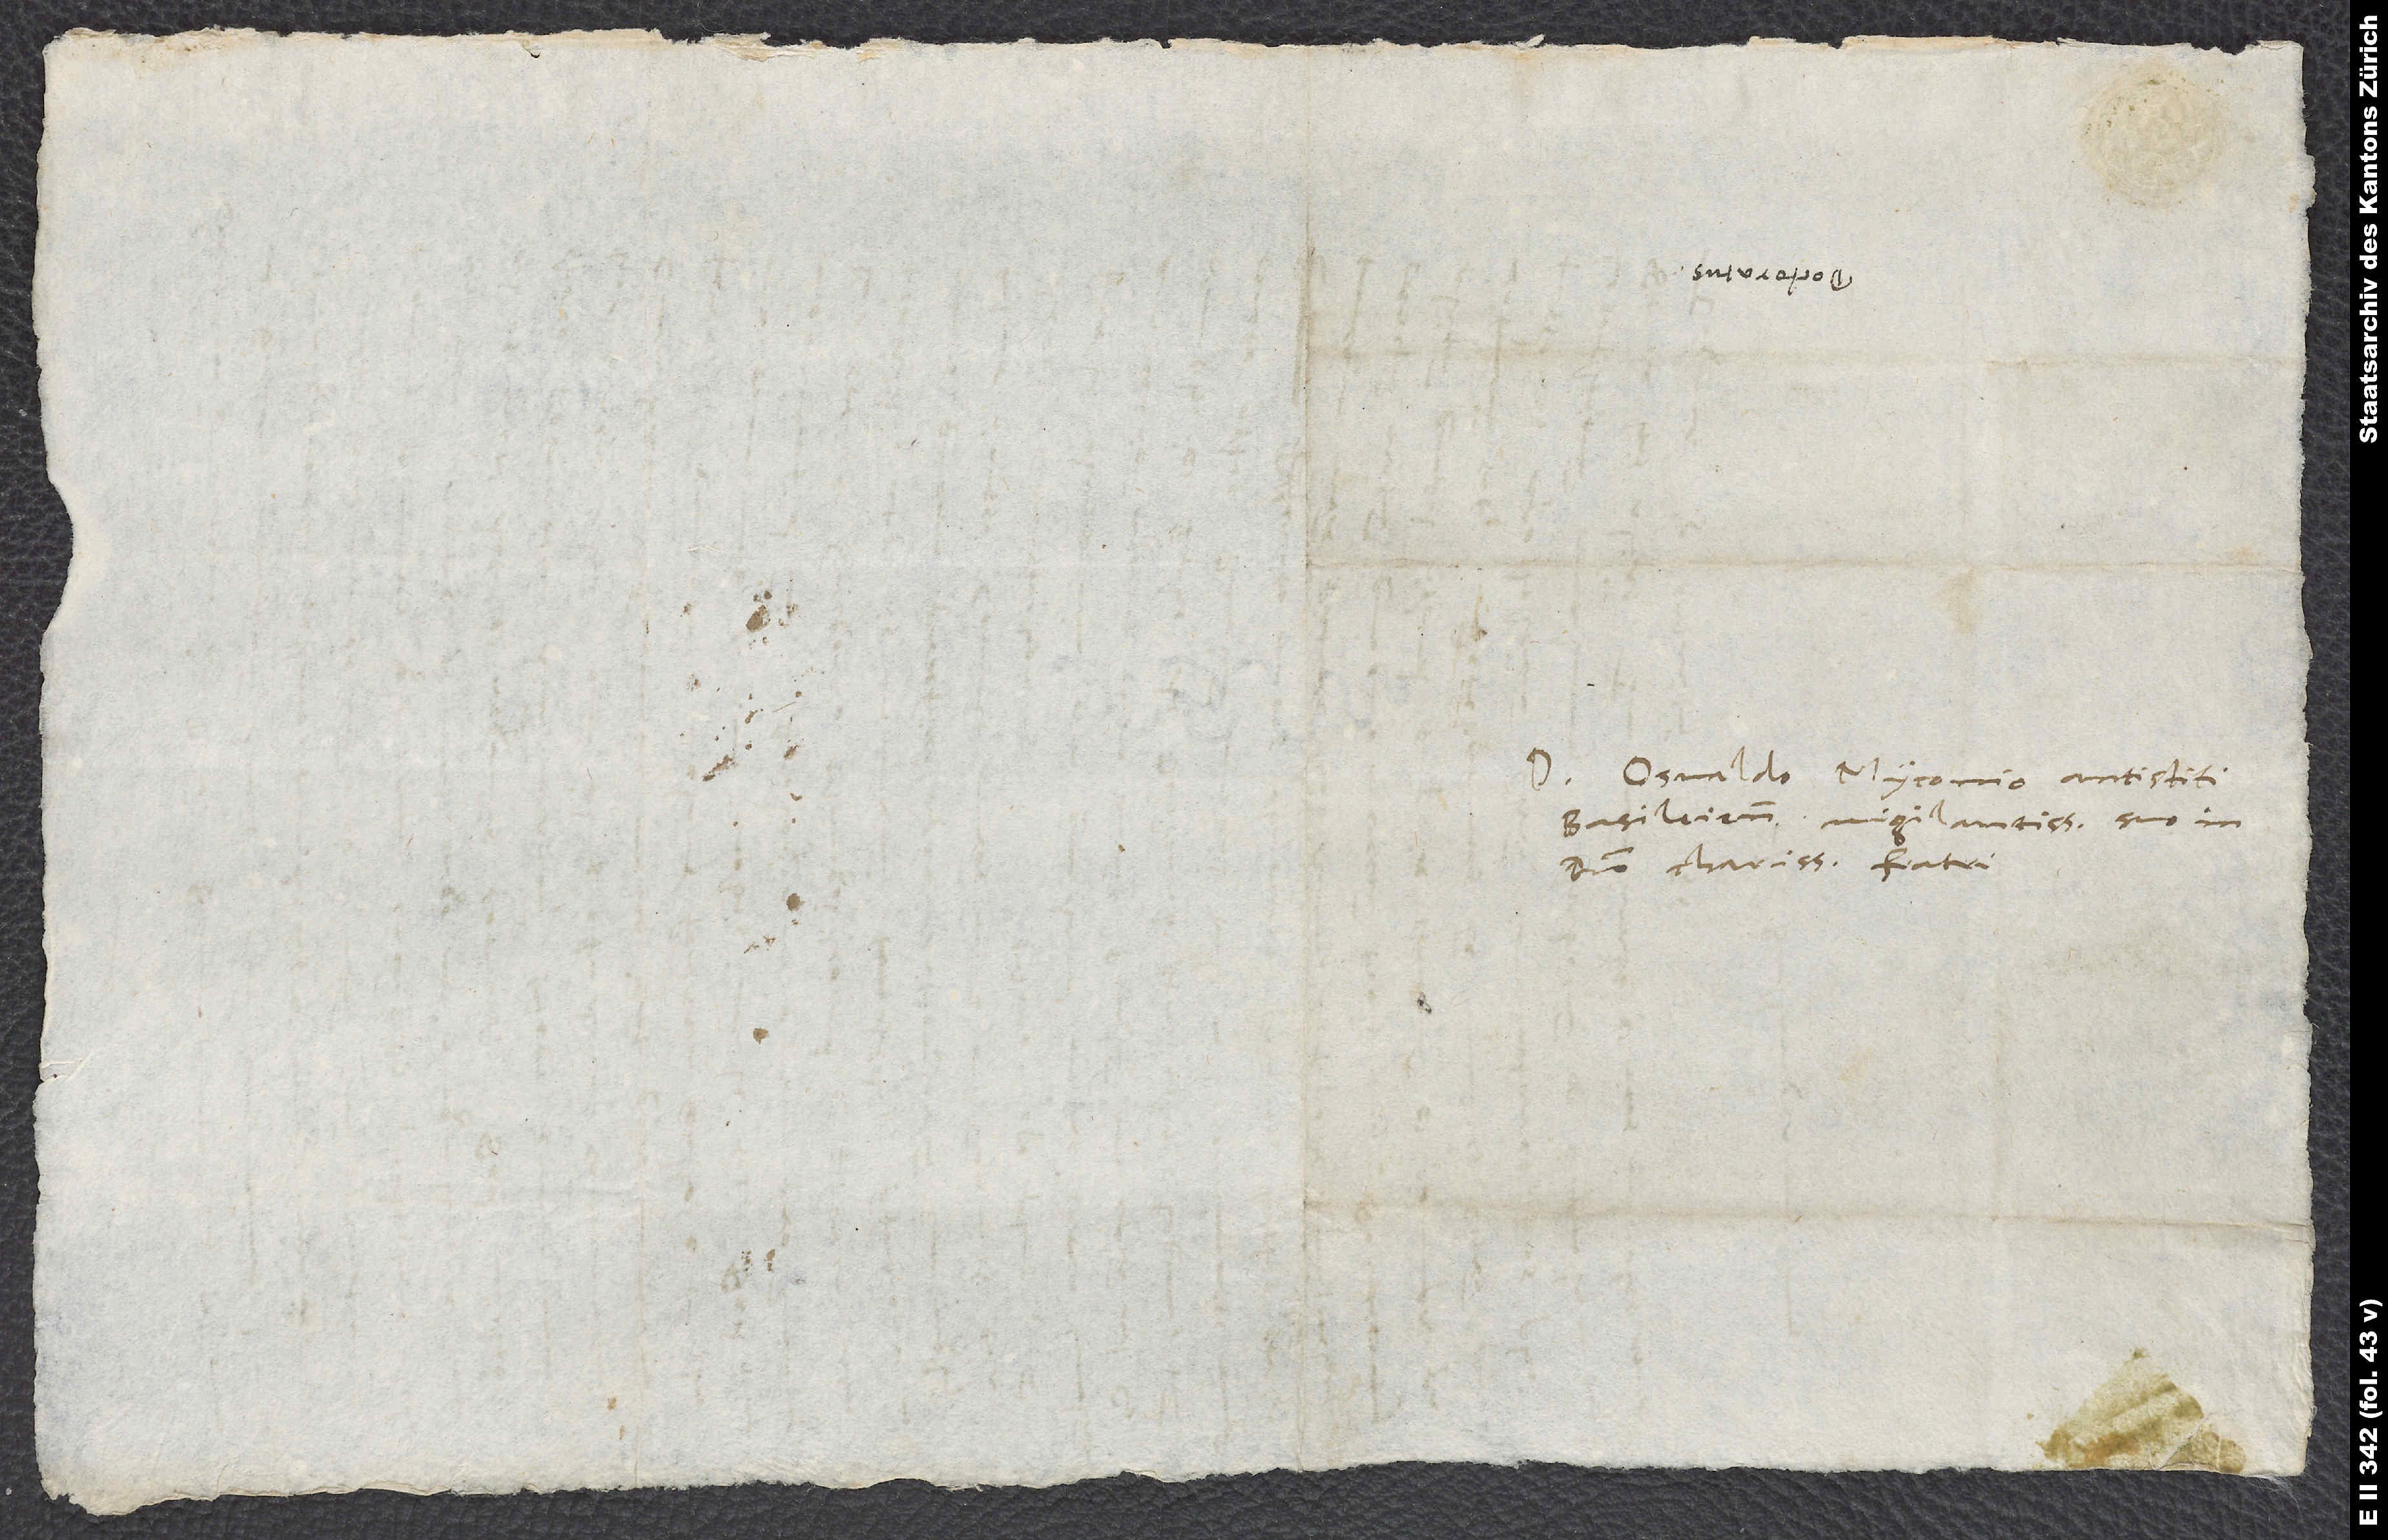
Domino Osvaldo Myconio, antistiti
Basileiensium vigilantissimo, suo in
domino charissimo fratri.